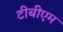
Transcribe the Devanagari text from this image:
टीबीएम